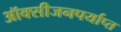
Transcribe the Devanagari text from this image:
ऑक्सीजनपर्याप्त